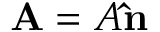
\mathbf { A } = A \mathbf { \hat { n } }